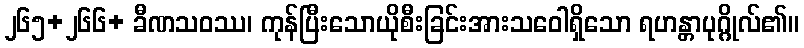
၂၆၅+၂၆၆+ ခီဏသဝဿ၊ ကုန်ပြီးသောယိုစီးခြင်းအားသဝေါရှိသော ရဟန္တာပုဂ္ဂိုလ်၏။